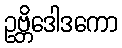
ဥဗ္ဘိဒေါဒကော